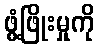
ဖွံ့ဖြိုးမှုကို